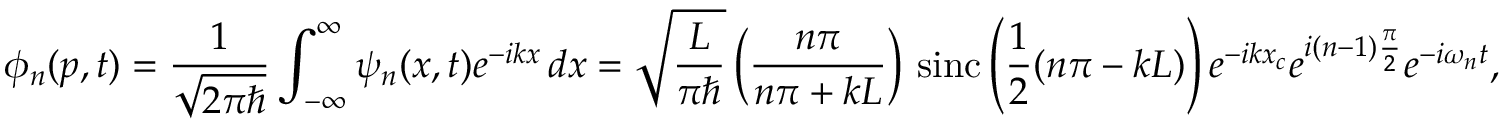
\phi _ { n } ( p , t ) = { \frac { 1 } { \sqrt { 2 \pi \hbar } } } \int _ { - \infty } ^ { \infty } \psi _ { n } ( x , t ) e ^ { - i k x } \, d x = { \sqrt { \frac { L } { \pi \hbar } } } \left( { \frac { n \pi } { n \pi + k L } } \right) \, \operatorname { s i n c } \left( { \frac { 1 } { 2 } } ( n \pi - k L ) \right) e ^ { - i k x _ { c } } e ^ { i ( n - 1 ) { \frac { \pi } { 2 } } } e ^ { - i \omega _ { n } t } ,